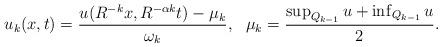
LaTeX: \begin{align*} \begin{aligned} u_k(x,t)=\frac{u(R^{-k}x,R^{-\alpha k}t)-\mu_{k}}{\omega_k},~~\mu_k=\frac{\sup_{Q_{k-1}}u+\inf_{Q_{k-1}}u}{2}. \end{aligned} \end{align*}